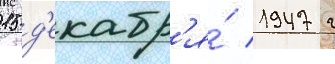
15 д'екабр'я́ 1947 г